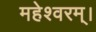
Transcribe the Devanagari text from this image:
महेश्वरम्।